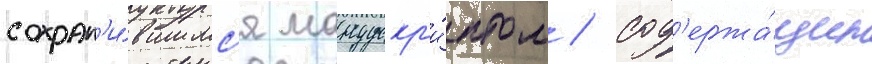
сохран'и́вшимс'я манускр'и́птом / сод'ержа́щим